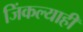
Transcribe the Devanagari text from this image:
जिंकल्याही